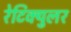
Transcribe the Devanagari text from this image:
रेटिक्युलर